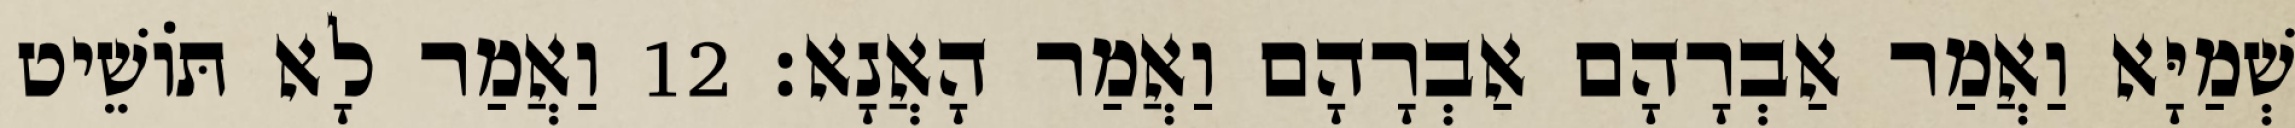
שְׁמַיָּא וַאֲמַר אַבְרָהָם אַבְרָהָם וַאֲמַר הָאֲנָא׃ 12 וַאֲמַר לָא תּוֹשֵׁיט